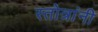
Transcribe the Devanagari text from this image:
स्तोत्रांनी